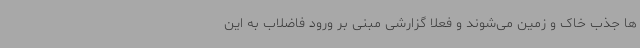
ها جذب خاک و زمین می‌شوند و فعلا گزارشی مبنی بر ورود فاضلاب به این